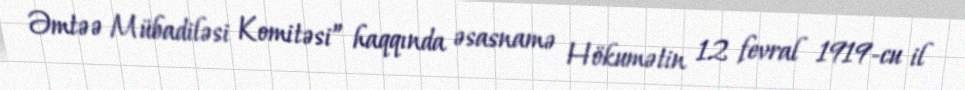
Əmtəə Mübadiləsi Komitəsi” haqqında əsasnamə Hökumətin 12 fevral 1919-cu il